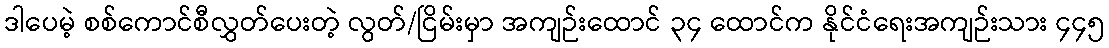
ဒါပေမဲ့ စစ်ကောင်စီလွှတ်ပေးတဲ့ လွတ်/ငြိမ်းမှာ အကျဉ်းထောင် ၃၄ ထောင်က နိုင်ငံရေးအကျဉ်းသား ၄၄၅